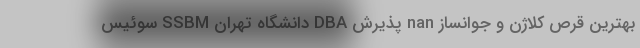
بهترین قرص کلاژن و جوانساز nan پذیرش DBA دانشگاه تهران SSBM سوئیس